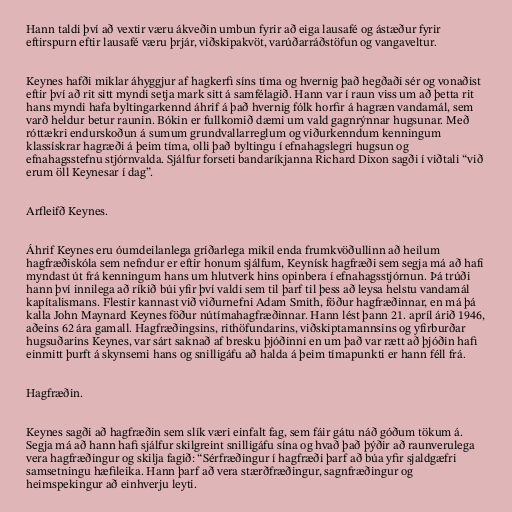
Hann taldi því að vextir væru ákveðin umbun fyrir að eiga lausafé og ástæður fyrir
eftirspurn eftir lausafé væru þrjár, viðskipakvöt, varúðarráðstöfun og vangaveltur.

Keynes hafði miklar áhyggjur af hagkerfi síns tíma og hvernig það hegðaði sér og vonaðist
eftir því að rit sitt myndi setja mark sitt á samfélagið. Hann var í raun viss um að þetta rit
hans myndi hafa byltingarkennd áhrif á það hvernig fólk horfir á hagræn vandamál, sem
varð heldur betur raunin. Bókin er fullkomið dæmi um vald gagnrýnnar hugsunar. Með
róttækri endurskoðun á sumum grundvallarreglum og viðurkenndum kenningum
klassískrar hagræði á þeim tíma, olli það byltingu í efnahagslegri hugsun og
efnahagsstefnu stjórnvalda. Sjálfur forseti bandaríkjanna Richard Dixon sagði í viðtali “við
erum öll Keynesar í dag”.

Arfleifð Keynes.

Áhrif Keynes eru óumdeilanlega gríðarlega mikil enda frumkvöðullinn að heilum
hagfræðiskóla sem nefndur er eftir honum sjálfum, Keynísk hagfræði sem segja má að hafi
myndast út frá kenningum hans um hlutverk hins opinbera í efnahagsstjórnun. Þá trúði
hann því innilega að ríkið búi yfir því valdi sem til þarf til þess að leysa helstu vandamál
kapítalismans. Flestir kannast við viðurnefni Adam Smith, föður hagfræðinnar, en má þá
kalla John Maynard Keynes föður nútímahagfræðinnar. Hann lést þann 21. apríl árið 1946,
aðeins 62 ára gamall. Hagfræðingsins, rithöfundarins, viðskiptamannsins og yfirburðar
hugsuðarins Keynes, var sárt saknað af bresku þjóðinni en um það var rætt að þjóðin hafi
einmitt þurft á skynsemi hans og snilligáfu að halda á þeim tímapunkti er hann féll frá.

Hagfræðin.

Keynes sagði að hagfræðin sem slík væri einfalt fag, sem fáir gátu náð góðum tökum á.
Segja má að hann hafi sjálfur skilgreint snilligáfu sína og hvað það þýðir að raunverulega
vera hagfræðingur og skilja fagið: “Sérfræðingur í hagfræði þarf að búa yfir sjaldgæfri
samsetningu hæfileika. Hann þarf að vera stærðfræðingur, sagnfræðingur og
heimspekingur að einhverju leyti.